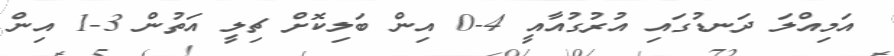
އަމިއްލަ ދަނޑުގައި އުރުގުއާއީ 4-0 އިން ބަލިކޮށް ޗިލީ އަތުން 3-1 އިން